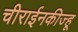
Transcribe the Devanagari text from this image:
चीराईनकीज्हू